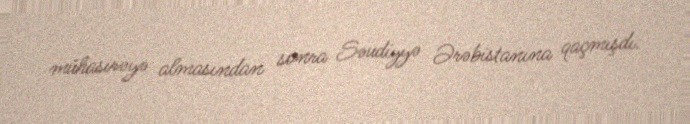
mühasirəyə almasından sonra Səudiyyə Ərəbistanına qaçmışdı.